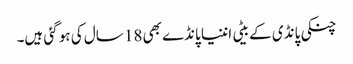
چنکی پانڈی کے بیٹی اننیا پانڈے بھی 18 سال کی ہو گئی ہیں۔